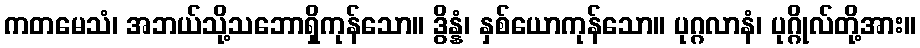
ကတမေသံ၊ အဘယ်သို့သဘောရှိကုန်သော။ ဒွိန္နံ၊ နှစ်ယောကုန်သော။ ပုဂ္ဂလာနံ၊ ပုဂ္ဂိုလ်တို့အား။